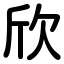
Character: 欣